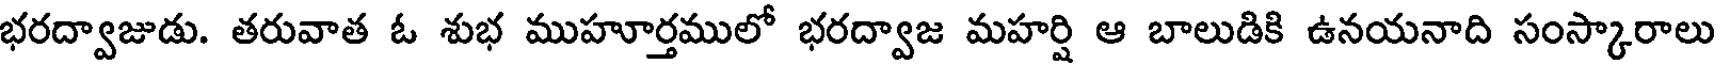
భరద్వాజుడు. తరువాత ఓ శుభ ముహూర్తములో భరద్వాజ మహర్షి ఆ బాలుడికి ఉనయనాది సంస్కారాలు